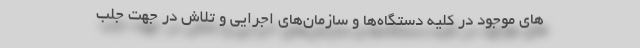
های موجود در کلیه دستگاه‌ها و سازمان‌های اجرایی و تلاش در جهت جلب